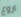
اروع